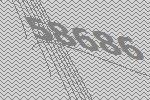
58686